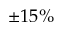
\pm 1 5 \%